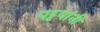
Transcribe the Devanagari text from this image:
पट्टयांनी